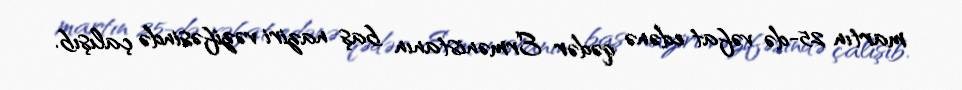
martın 25-də vəfat edənə qədər Ermənistanın baş naziri vəzifəsində çalışıb.